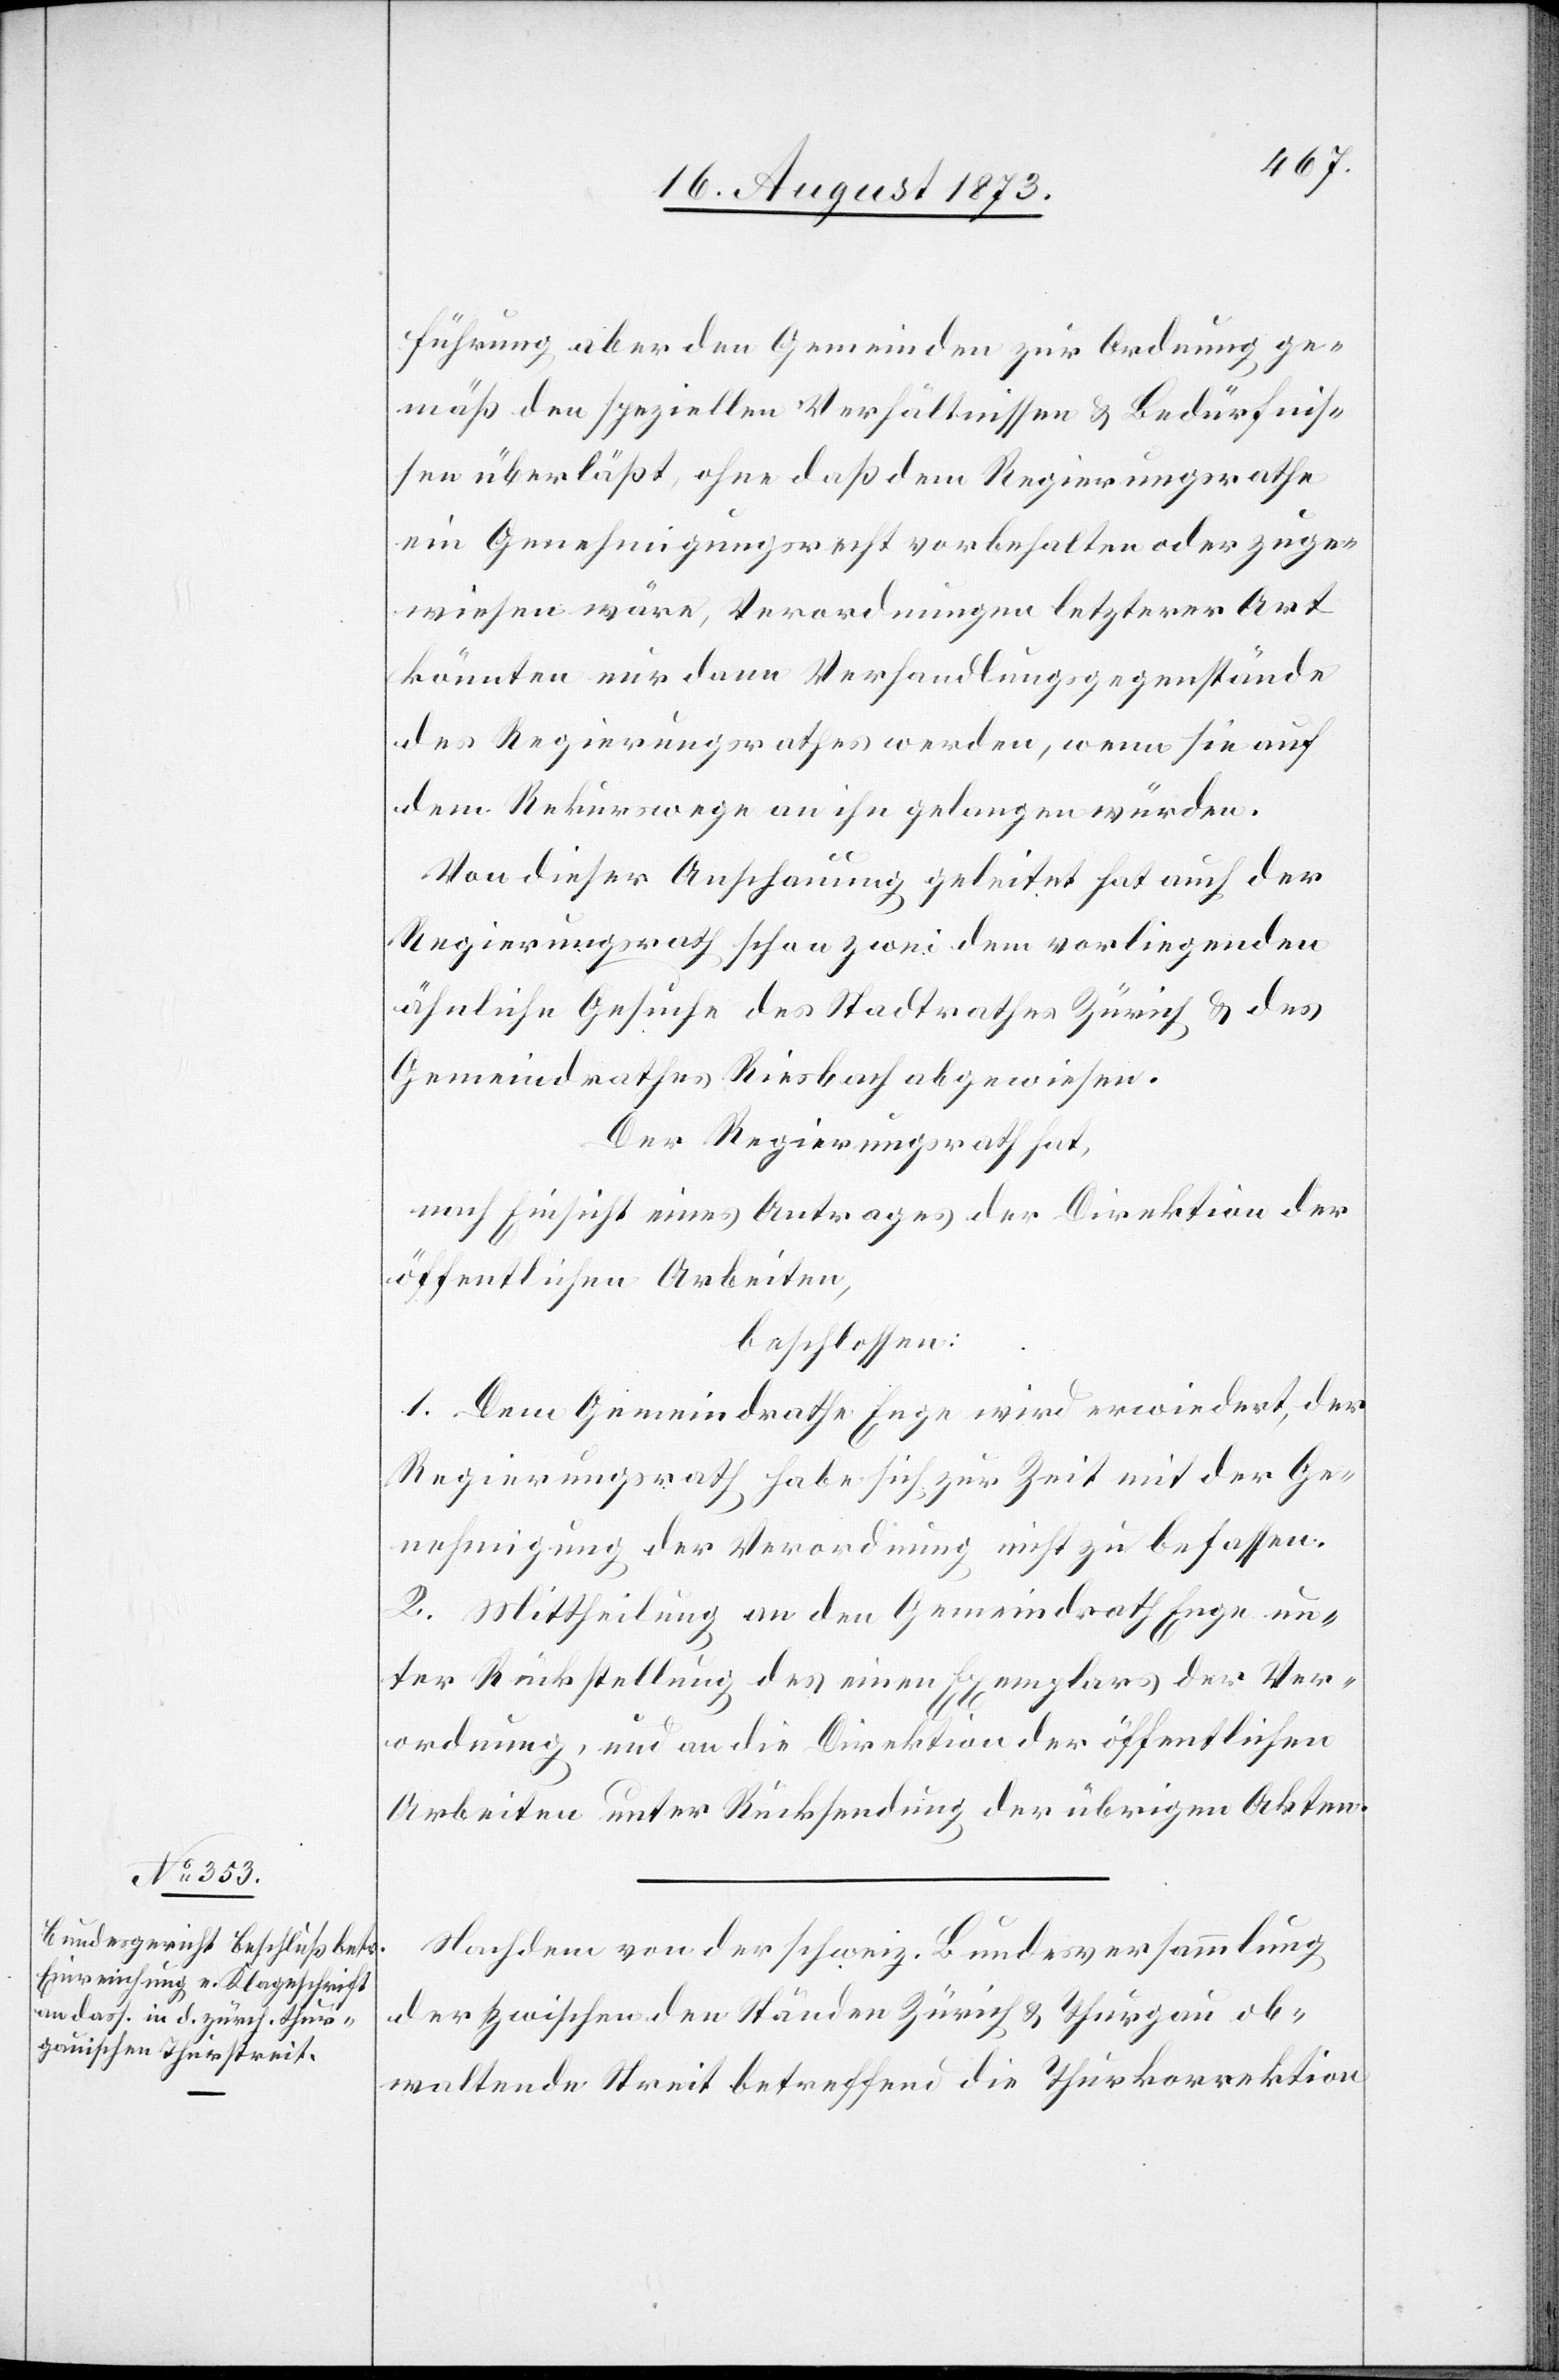
führung aber den Gemeinden zur Ordnung ge¬
mäß den speziellen Verhältnissen & Bedürfnis¬
sen überläßt, ohne daß dem Regierungsrathe
ein Genehmigungsrecht vorbehalten oder zuge¬
wiesen wäre, Verordnungen letzterer Art
könnten nur dann Verhandlungsgegenstände
des Regierungsrathes werden, wenn sie auf
dem Rekurswege an ihn gelangen würden.
Von dieser Anschauung geleitet hat auch der
Regierungsrath schon zwei dem vorliegenden
ähnliche Gesuche des Stadtrathes Zürich & des
Gemeindrathes Riesbach abgewiesen.
Der Regierungsrath hat,
nach Einsicht eines Antrages der Direktion der
öffentlichen Arbeiten,
beschlossen:
1. Dem Gemeindrathe Enge wird erwiedert, der
Regierungsrath habe sich zur Zeit mit der Ge¬
nehmigung der Verordnung nicht zu befassen.
2. Mittheilung an den Gemeindrath Enge un¬
ter Rückstellung des einen Exemplars der Ver¬
ordnung, und an die Direktion der öffentlichen
Arbeiten unter Rücksendung der übrigen Akten.
Nachdem von der schweiz. Bundesversammlung
der zwischen den Ständen Zürich & Thurgau ob¬
waltende Streit betreffend die Thurkorrektion